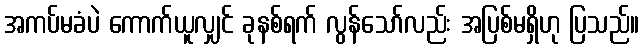
အကပ်မခံပဲ ကောက်ယူလျှင် ခုနစ်ရက် လွန်သော်လည်း အပြစ်မရှိဟု ပြသည်။